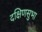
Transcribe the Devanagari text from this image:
दक्षिणसुभा